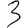
Digit: 3